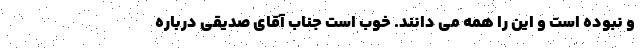
و نبوده است و این را همه می دانند. خوب است جناب آقای صدیقی درباره